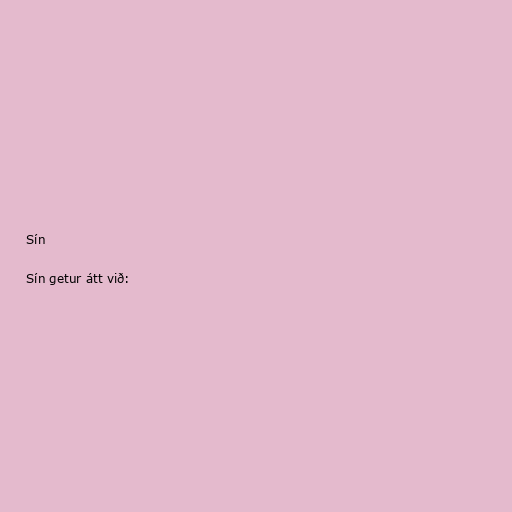
Sín

Sín getur átt við: